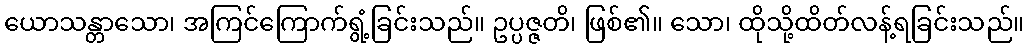
ယောသန္တာသော၊ အကြင်ကြောက်ရွံ့ခြင်းသည်။ ဥပ္ပဇ္ဇတိ၊ ဖြစ်၏။ သော၊ ထိုသို့ထိတ်လန့်ရခြင်းသည်။